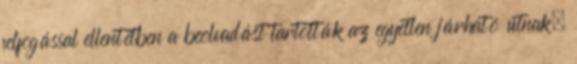
felfogással ellentétben a beolvadást tartották az egyetlen járható útnak.